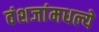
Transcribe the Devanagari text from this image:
वंशजांमधल्ये